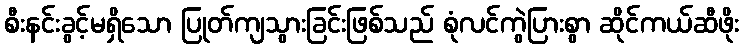
စီးနင်းခွင့်မရှိသော ပြုတ်ကျသွားခြင်းဖြစ်သည် စုံလင်ကွဲပြားစွာ ဆိုင်ကယ်ဆီဖိုး